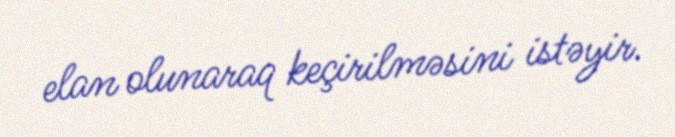
elan olunaraq keçirilməsini istəyir.